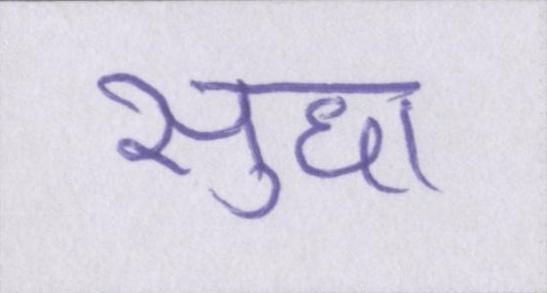
सुधा